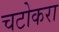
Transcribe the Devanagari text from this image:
चटोकरा